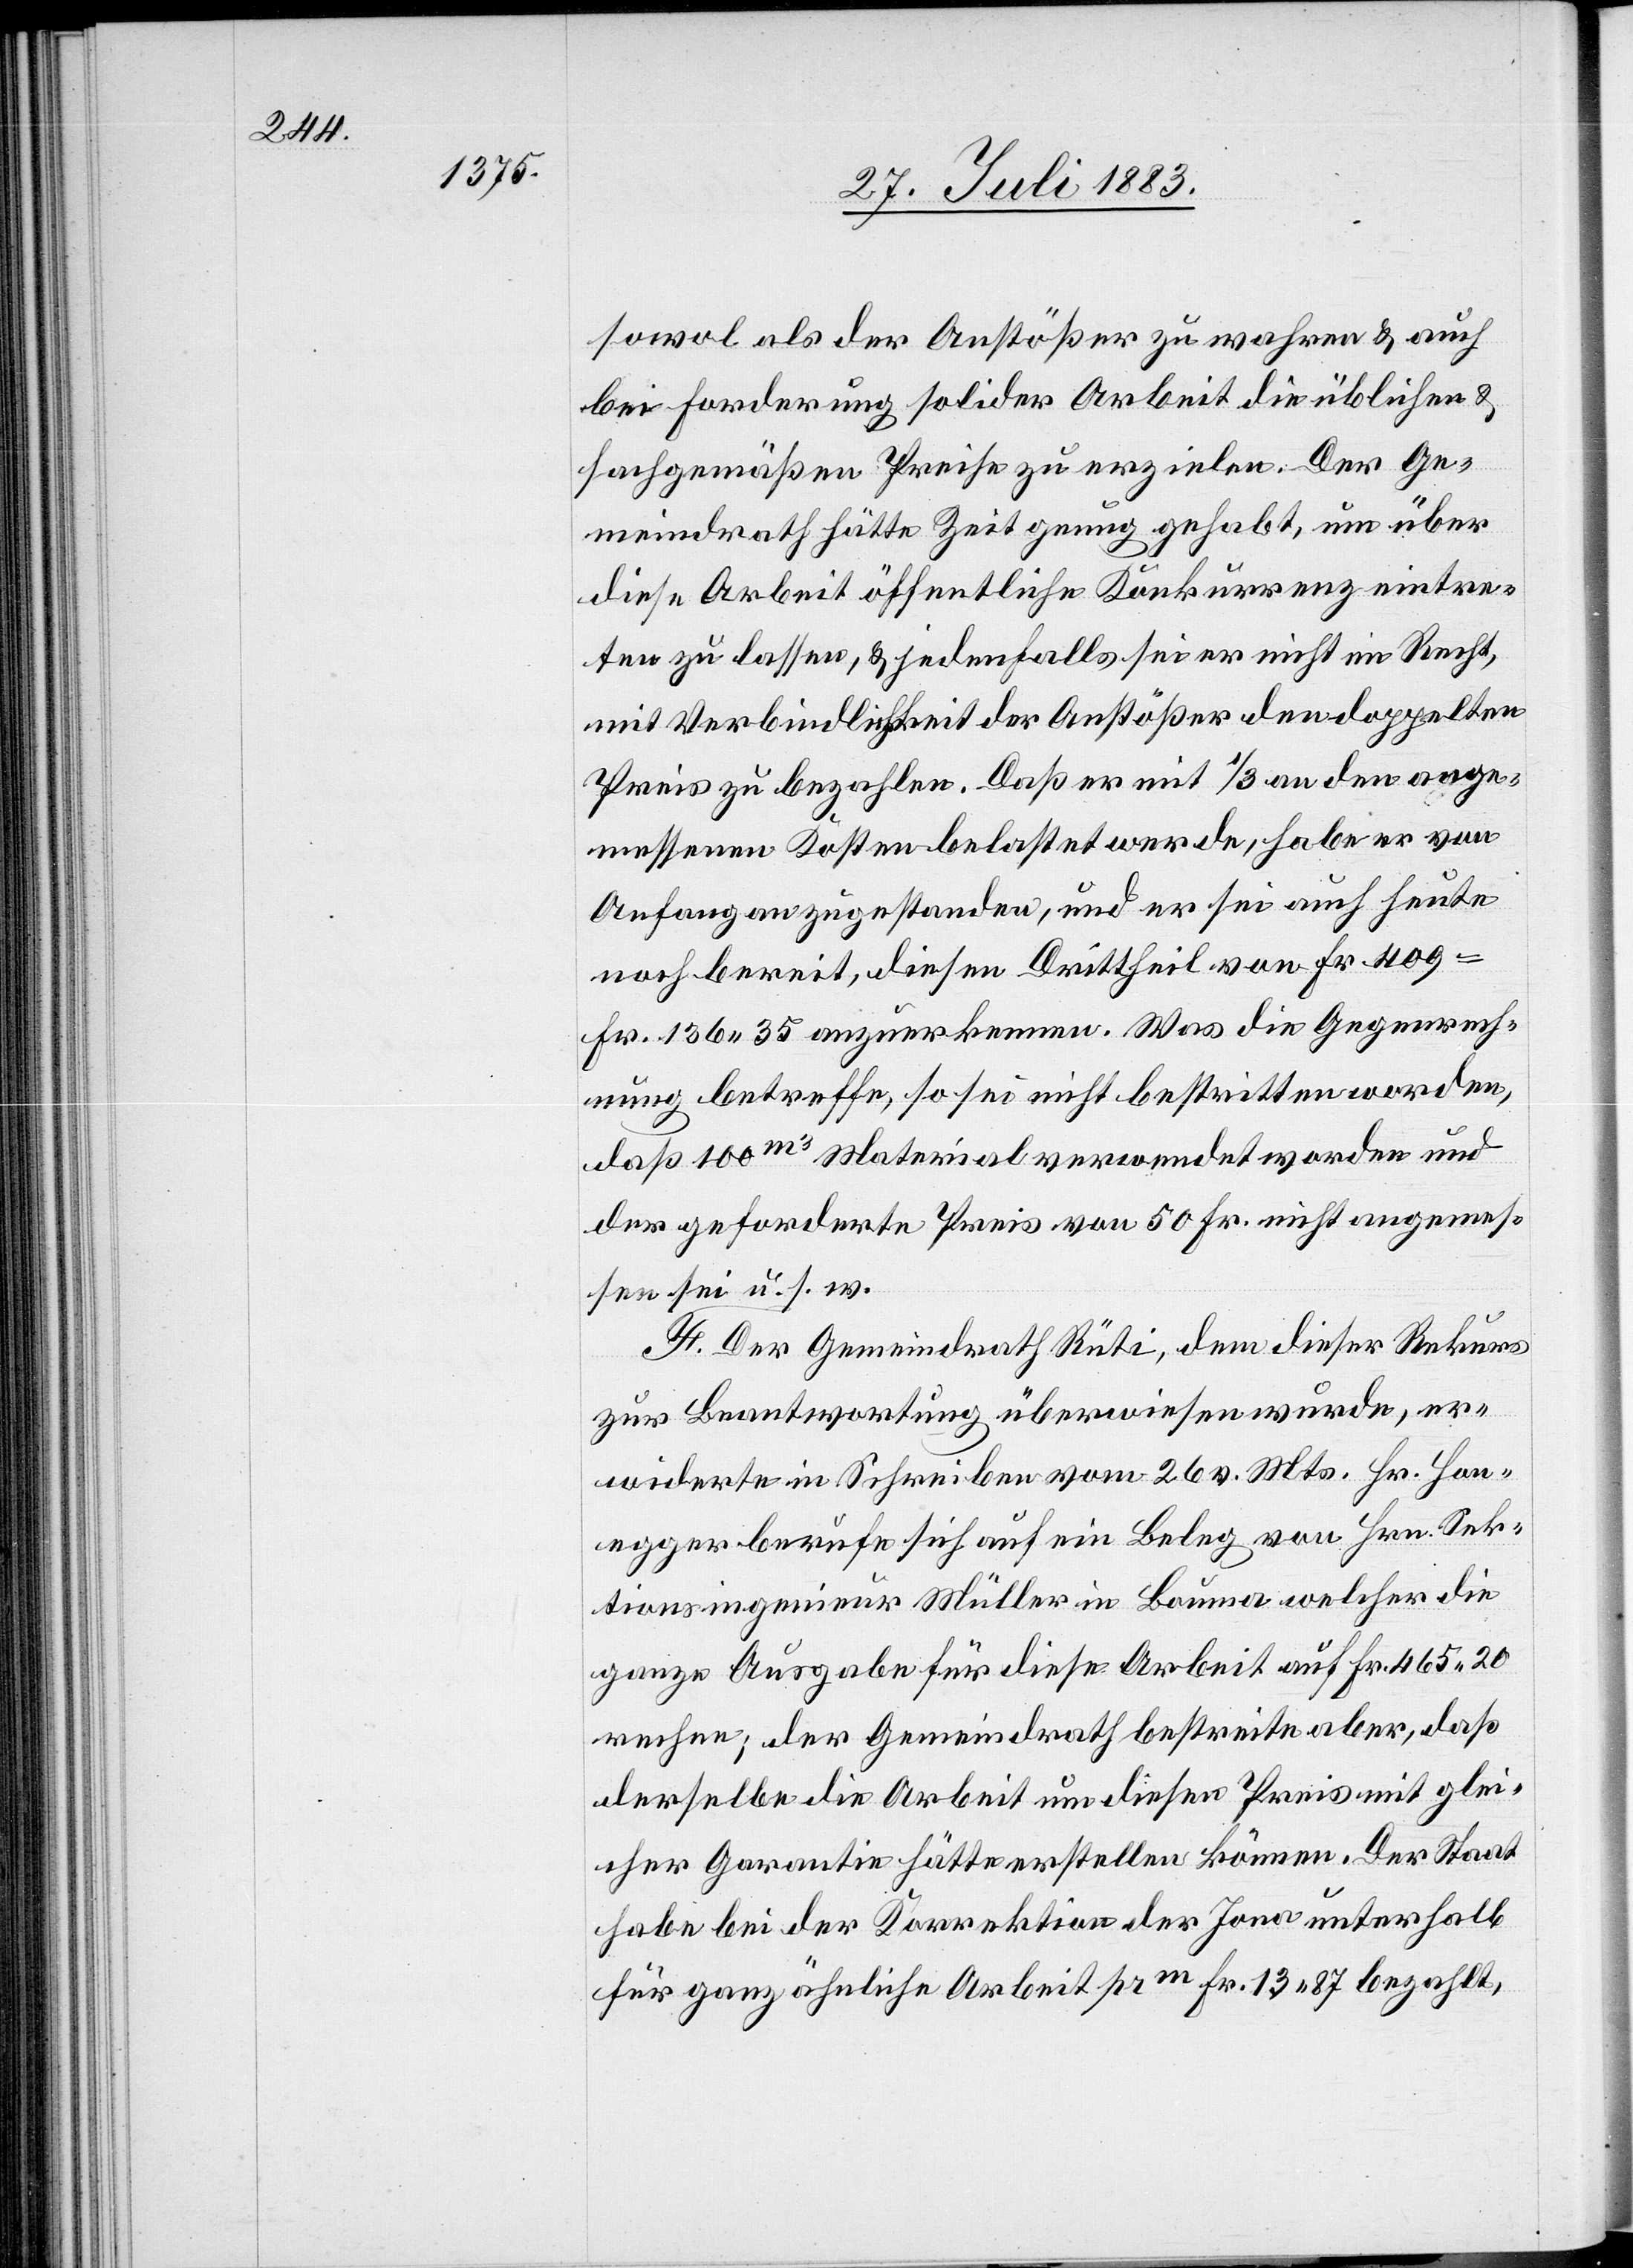
sowol als der Anstößer zu wahren & auch
bei Forderung solider Arbeit die üblichen &
sachgemäßen Preise zu erzielen. Der Ge¬
meindrath hätte Zeit genug gehabt, um über
diese Arbeit öffentliche Konkurrenz eintre¬
ten zu lassen, & jedenfalls sei er nicht im Recht,
mit Verbindlichkeit der Anstößer den doppelten
Preis zu bezahlen. Daß er mit 1/3 an den ange¬
messenen Kosten belastet werde, habe er von
Anfang an zugestanden, und er sei auch heute
noch bereit, diesen Drittheil von Fr. 409
Fr. 136 35 anzuerkennen. Was die Gegenrech¬
nung betreffe, so sei nicht bestritten worden,
daß 100m3 Material verwendet worden und
der geforderte Preis von 50 Fr. nicht angemes¬
sen sei u. s. w.
F. Der Gemeindrath Rüti, dem dieser Rekurs
zur Beantwortung überwiesen wurde, er¬
widerte in Schreiben vom 26. v. Mts. Hr. Hon¬
egger berufe sich auf ein Beleg von Hrn. Sek¬
tionsingenieur Müller in Bauma welcher die
ganze Ausgabe für diese Arbeit auf Fr. 465 20
rechne; der Gemeindrath bestreite aber, daß
derselbe die Arbeit um diesen Preis mit glei¬
cher Garantie hätte erstellen können. Der Staat
habe bei der Korrektion der Jona unterhalb
für ganz ähnliche Arbeit pr m Fr. 13 87 bezahlt,